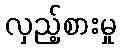
လှည့်စားမှု